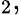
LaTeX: _{2},